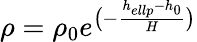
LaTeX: \rho=\rho_{0}e^{\big(-\frac{h_{ellp}-h_{0}}{H}\big)}